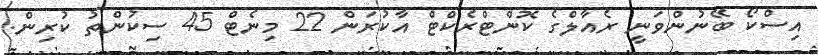
އިސްކޯ ބޭނުންވަނީ ރެއާލްގެ ކޮންޓްރެކްޓް އާކުރަން 22 މިނެޓް 45 ސިކުންތު ކުރިން.